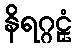
နိရဂ္ဂဠှံ